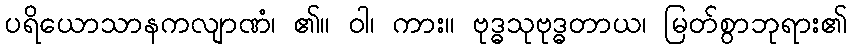
ပရိယောသာနကလျာဏံ၊ ၏။ ဝါ၊ ကား။ ဗုဒ္ဓသုဗုဒ္ဓတာယ၊ မြတ်စွာဘုရား၏